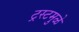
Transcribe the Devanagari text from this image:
ट्रस्टमुळे